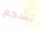
تشجع